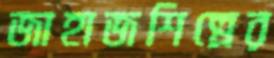
জাহাজশিল্পের